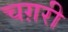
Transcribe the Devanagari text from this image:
चग़री